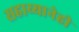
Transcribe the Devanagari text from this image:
सहाय्यानेही